Vaccination North-Western Provinces 1866-1877 - 1866-1877
Year: 1866
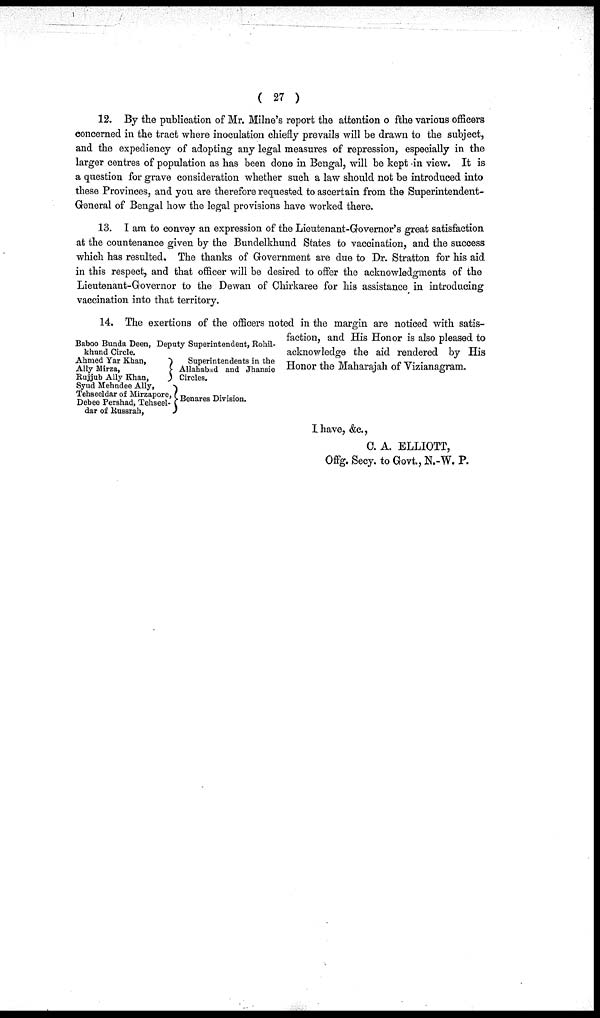
( 27 )
12. By the publication of Mr. Milne's report the attention of the various officers
concerned in the tract where inoculation chiefly prevails will be drawn to the subject,
and the expediency of adopting any legal measures of repression, especially in the
larger centres of population as has been done in Bengal, will be kept in view. It is
a question for grave consideration whether such a law should not be introduced into
these Provinces, and you are therefore requested to ascertain from the Superintendent-
General of Bengal how the legal provisions have worked there.
13. I am to convey an expression of the Lieutenant-Governor's great satisfaction
at the countenance given by the Bundelkhund States to vaccination, and the success
which has resulted. The thanks of Government are due to Dr. Stratton for his aid
in this respect, and that officer will be desired to offer the acknowledgments of the
Lieutenant-Governor to the Dewan of Chirkaree for his assistance in introducing
vaccination into that territory.
Baboo Bunda Deen, Deputy Superintendent, Rohil¬
khund Circle.
Ahmed Yar Khan,
Ally Mirza,
Rujjub Ally Khan,
Syud Mehndee Ally,
Tehseeldar of Mirzapore,
Debee Pershad, Tehseel-
dar of Russrah,
Superintendents in the
Allahabad and Jhansie
Circles.
Benares Division.
14. The exertions of the officers noted in the margin are noticed with satis-
faction, and His Honor is also pleased to
acknowledge the aid rendered by His
Honor the Maharajah of Vizianagram.
I have, &c.,
C. A. ELLIOTT,
Offg. Secy. to Govt., N.-W. P.